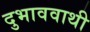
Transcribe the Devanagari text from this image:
दुभाववाथी